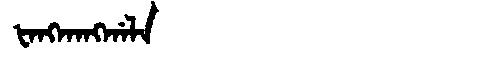
Manchu: ᡶᠠᠩᡴᠠᠩᡤᠠᠯᠠ
Romanization: FANGKANGGALA